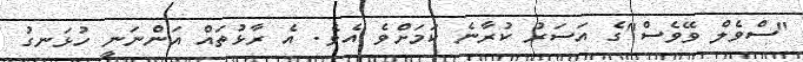
"ސްވެލް ވޭވެސް"ގެ އަސަރު ކުރާނެ ކަމަށްވެ އެވެ. އެ ރާޅުތައް އަންނަނީ ހުޅަނގު